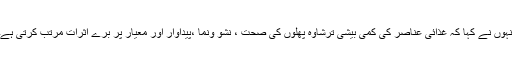
انہوں نے کہا کہ غذائی عناصر کی کمی بیشی ترشاوہ پھلوں کی صحت ، نشو ونما ،پیداوار اور معیار پر برے اثرات مرتب کرتی ہے۔